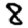
Digit: 8